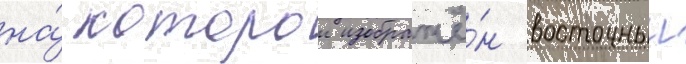
на́ которои изображё́н восточныи